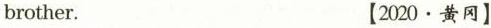
brother. [2020·黄冈]